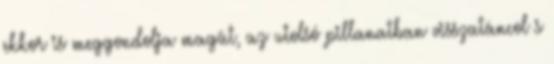
ekkor is meggondolja magát, az utolsó pillanatban visszatáncol s